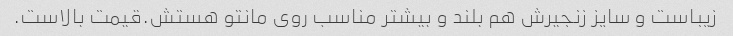
زیباست و سایز زنجیرش هم بلند و بیشتر مناسب روی مانتو هستش.قیمت بالاست.